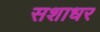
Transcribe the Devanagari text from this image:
सशाधर